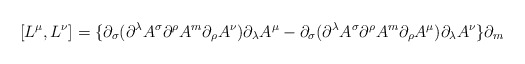
\begin{align*}[L^{\mu},L^{\nu}] = \{\partial_{\sigma} (\partial^{\lambda} A^{\sigma}\partial^{\rho} A^{m} \partial_{\rho} A^{\nu}) \partial_{\lambda}A^{\mu}- \partial_{\sigma}( \partial^{\lambda} A^{\sigma} \partial^{\rho}A^{m} \partial_{\rho} A^{\mu}) \partial_{\lambda} A^{\nu} \}\partial_{m}\end{align*}